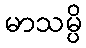
မာသမ္ပိ